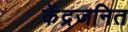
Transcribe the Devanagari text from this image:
केंद्रजनित